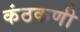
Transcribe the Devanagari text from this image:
कंठकणी